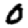
Digit: 0